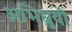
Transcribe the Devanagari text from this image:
अभिध्रुवी